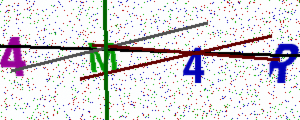
Text: 4M4R